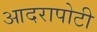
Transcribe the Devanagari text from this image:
आदरापोटी